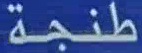
طنجة